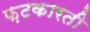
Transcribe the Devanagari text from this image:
फ़टकारती